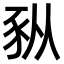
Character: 𫎆